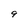
Character: 9